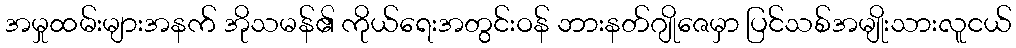
အမှုထမ်းများအနက် အိုသမန်၏ ကိုယ်ရေးအတွင်းဝန် ဘားနတ်ဂျိုဇေမှာ ပြင်သစ်အမျိုးသားလူငယ်